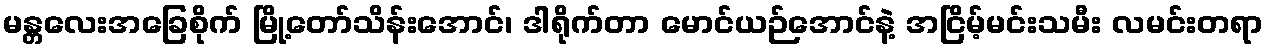
မန္တလေးအခြေစိုက် မြို့တော်သိန်းအောင်၊ ဒါရိုက်တာ မောင်ယဉ်အောင်နဲ့ အငြိမ့်မင်းသမီး လမင်းတရာ